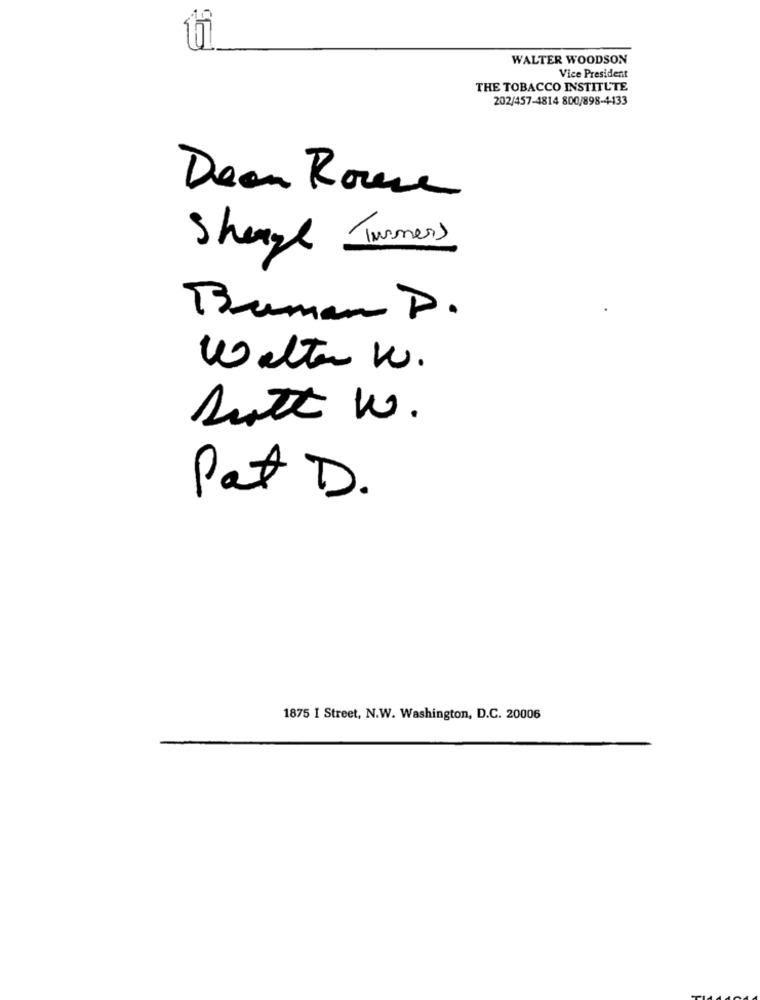
WALTER WOODSON
Vice President
THE TOBACCO INSTITUTE
202/457-4814 800/898-4433
Dean Roue
Sheage Turners
Buman D.
Welter W.
Rutt w.
Pat D.
1875 I Street, N.W. Washington, D.C. 20006